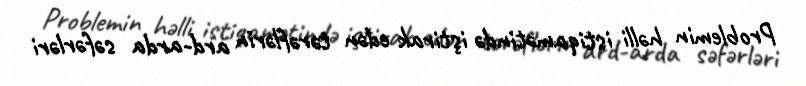
Problemin həlli istiqamətində iştirak edən tərəflərin ard-arda səfərləri